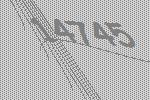
14745